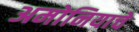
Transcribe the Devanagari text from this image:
अमोनियाचे